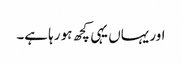
اور یہاں یہی کچھ ہو رہا ہے۔